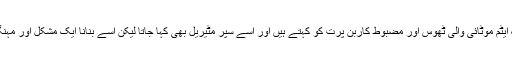
گرافین ایک ایٹم موٹائی والی ٹھوس اور مضبوط کاربن پرت کو کہتے ہیں اور اسے سپر مٹیریل بھی کہا جاتا لیکن اسے بنانا ایک مشکل اور مہنگا عمل ہے۔